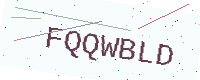
Text: FQQWBLD